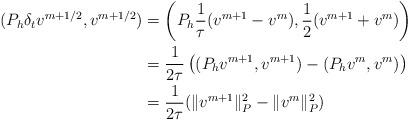
LaTeX: \begin{align*}(P_h\delta_t v^{m+1/2}, v^{m+1/2})& = \left(P_h \frac{1}{\tau} (v^{m+1} - v^m) , \frac{1}{2} (v^{m+1} + v^m)\right) \\& = \frac{1}{2\tau}\left( (P_h v^{m+1} , v^{m+1}) - (P_h v^{m} , v^{m}) \right) \\&= \frac{1}{2\tau} ( \|v^{m+1}\|_P^2 - \|v^{m}\|_P^2 )\end{align*}